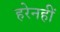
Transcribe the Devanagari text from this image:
हरेनहीं